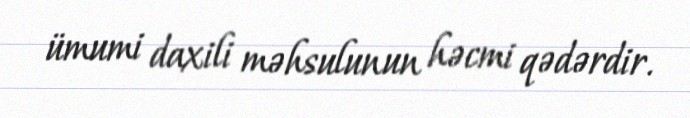
ümumi daxili məhsulunun həcmi qədərdir.